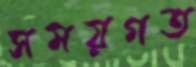
সময়গত